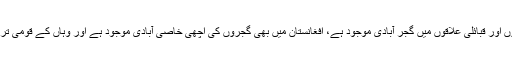
پاکستان کے تقریبا سارے صوبوں اور قبائلی علاقوں میں گجر آبادی موجود ہے، افغانستان میں بھی گجروں کی اچھی خاصی آبادی موجود ہے اور وہاں کے قومی ترانہ میں بھی گجروں کا ذکر ہے۔